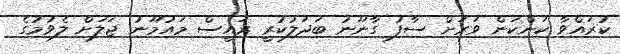
ކުރައްވާ ކަންކަން ވަރަށް ސާފު ގާނޫނު ބަދަލުކުރީ ރައީސް މައުމޫނު ޖަލަށް ލެވުމުގެ